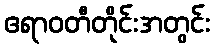
ဧရာဝတီတိုင်းအတွင်း